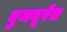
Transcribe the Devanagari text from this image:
बुमबूरेत